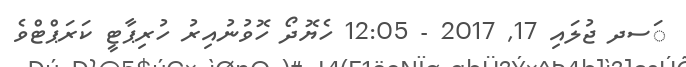
ަސދ ޖުލައި 17